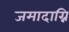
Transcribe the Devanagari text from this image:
जमादाग्नि